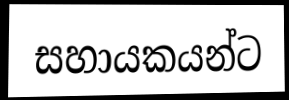
සහායකයන්ට